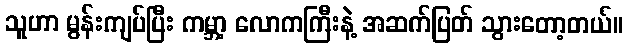
သူဟာ မွန်းကျပ်ပြီး ကမ္ဘာ့ လောကကြီးနဲ့ အဆက်ပြတ် သွားတော့တယ်။